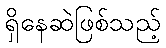
ရှိနေဆဲဖြစ်သည့်